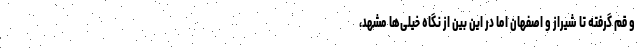
و قم گرفته تا شیراز و اصفهان اما در این بین از نگاه خیلی‌ها مشهد،